Jaan_Tonisson_(Lasteleht), lk 252
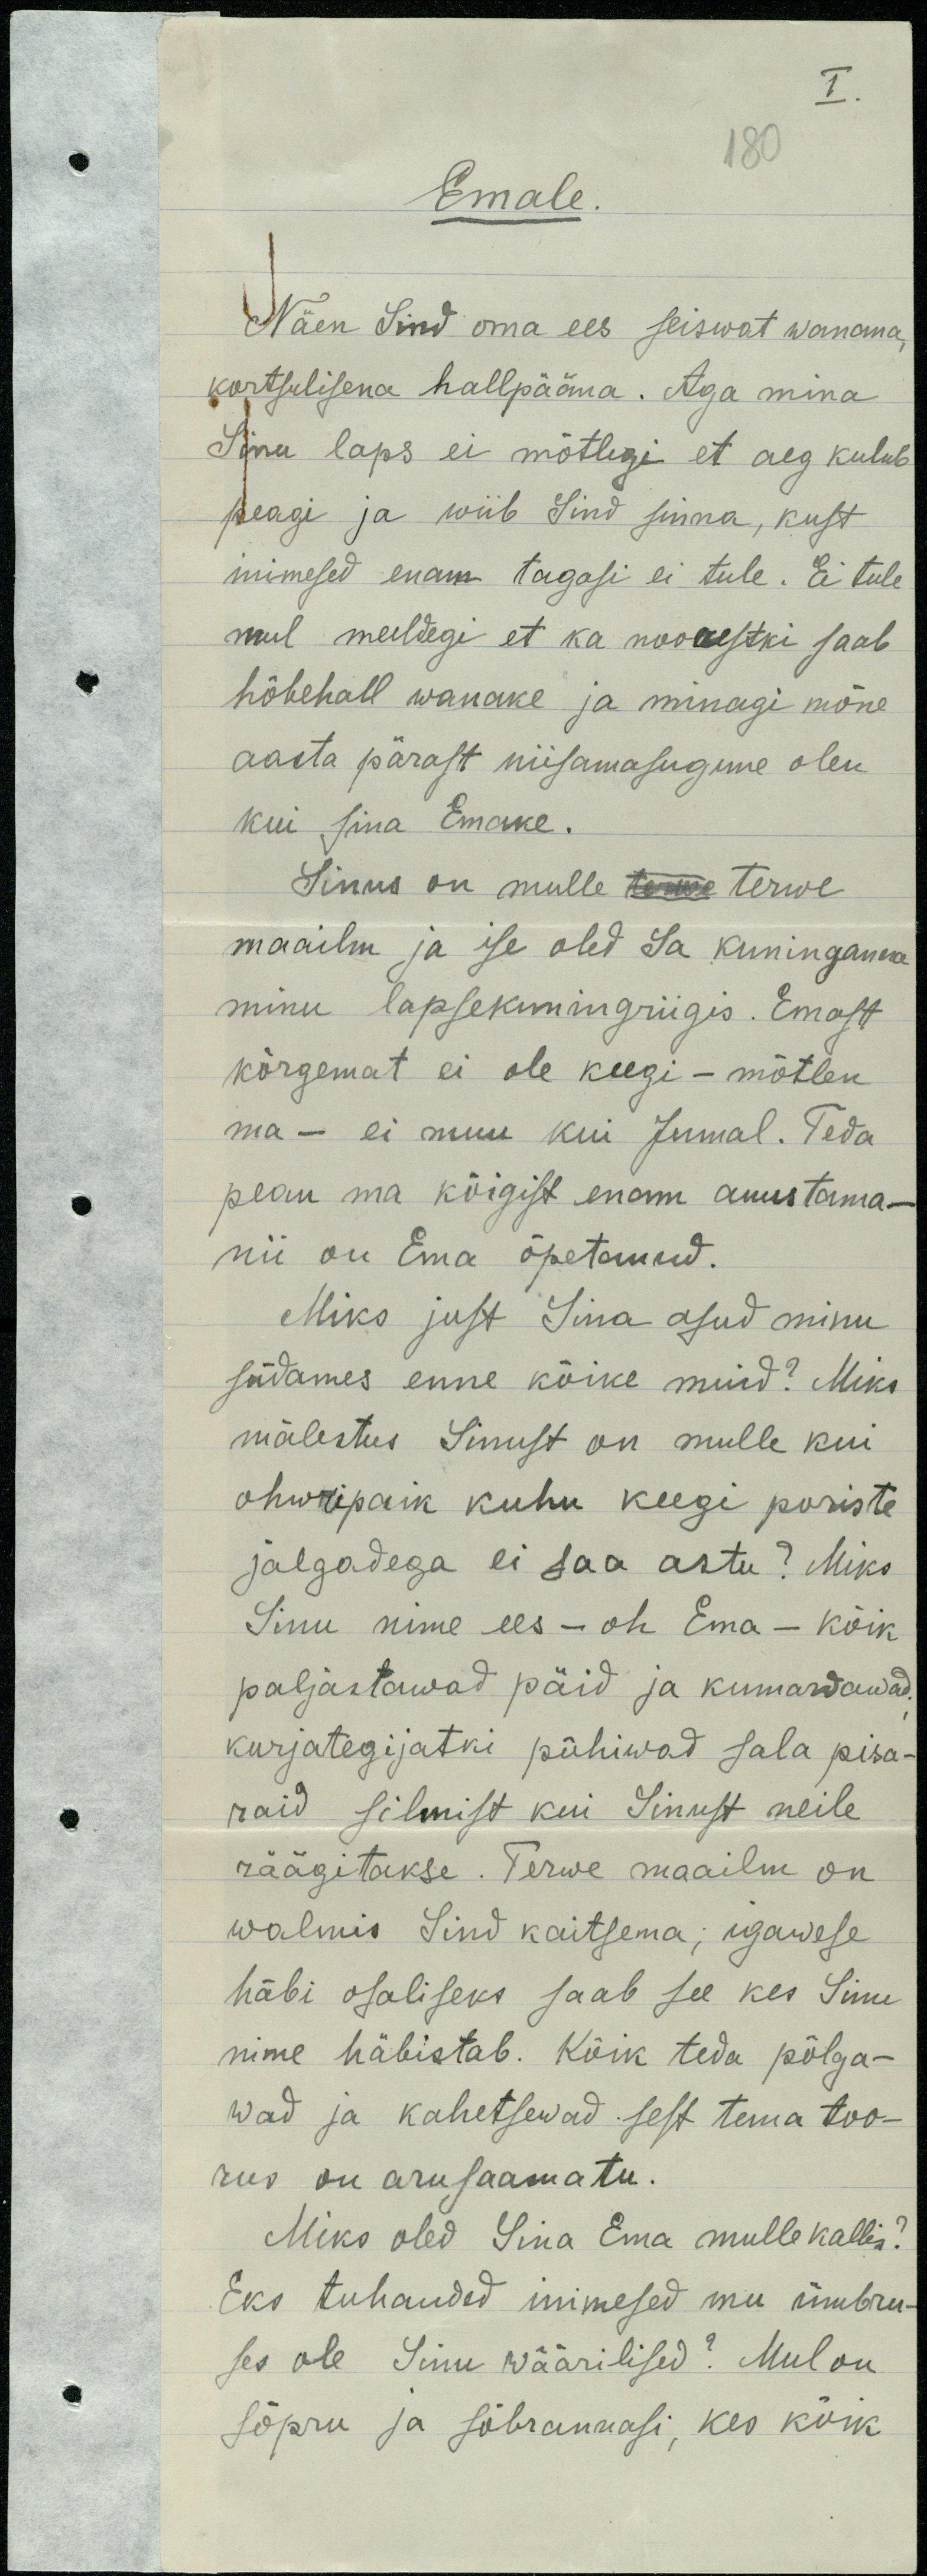
I.
180
Emale
Näen Sind oma ees seiswat wanana,
kortsulisena hallpääna. Aga mina
Sinu laps ei mõtlegi et aeg kulub
peagi ja wiib Sind sinna, kust
inimesed enam tagasi ei tule. Ei tule
mul meeldegi et ka noorestki saab
hõbehall wanake ja minagi mõne
aasta pärast niisamasugune olen
kui sina Emake.
Sinus on mulle terwe terwe
maailm ja ise oled Sa kuninganna
minu lapsekuningriigis. Emast
kõrgemat ei ole keegi - mõtlen
ma - ei muu kui Jumal. Teda
pean ma kõigist enam auustama-
nii on Ema õpetanud.
Miks just Sina asud minu
südames enne kõike muid? Miks
mälestus Sinust on mulle kui
ohwripaik kuhu keegi poriste
jalgadega ei saa astu? Miks
Sinu nime ees - oh Ema - kõik
paljastawad päid ja kumardawad
kurjategijatki pühiwad sala pisa-
raid silmist kui Sinust neile
räägitakse. Terwe maailm on
walmis Sind kaitsema; igawese
häbi osaliseks saab see kes Sinu
nime häbistab. Kõik teda põlga-
wad ja kahetsewad sest tema too-
rus on arusaamatu.
Miks oled Sina Ema mulle kallis?
Eks tuhanded inimesed mu ümbru-
ses ole Sinu wäärilised? Mul on
sõpru ja sõbrannasi, kes kõik